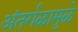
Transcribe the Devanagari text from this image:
अंतर्गळामुळे